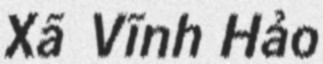
Xã Vĩnh Hảo